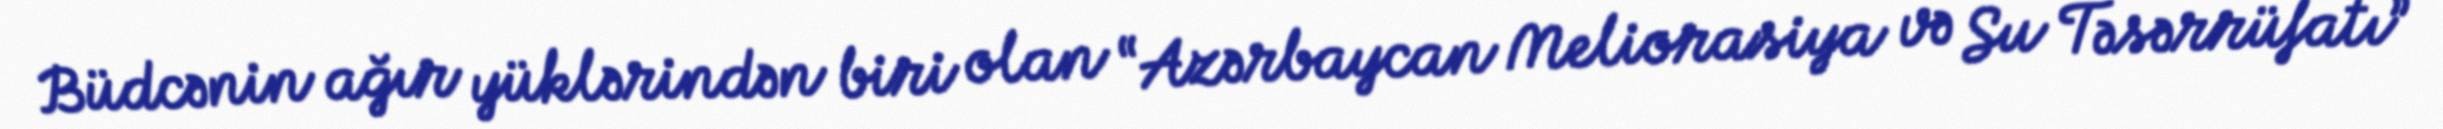
Büdcənin ağır yüklərindən biri olan “Azərbaycan Meliorasiya və Su Təsərrüfatı”